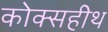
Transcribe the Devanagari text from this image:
कोक्सहीथ